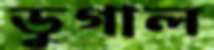
ডুগাল